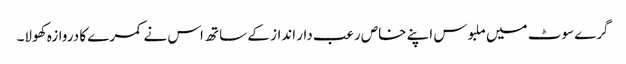
گرے سوٹ میں ملبوس اپنے خاص رعب دار انداز کے ساتھ اس نے کمرے کا دروازہ کھولا۔